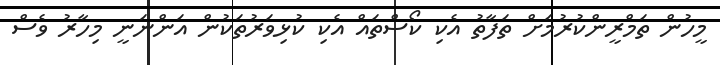
މީހުން ތަމްރީންކުރުމަށް ތަފާތު އެކި ކޯސްތައް އެކި ކުޅިވަރުތަކުން އަންނަނީ މިހާރު ވެސް